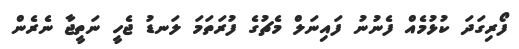
ފޯރިގަދަ ކުޅުމެއް ފެނުނު ފައިނަލް މެޗުގެ ފުރަތަމަ ލަނޑު ޖެހީ ނަތީޖާ ނެރެން